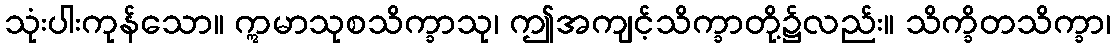
သုံးပါးကုန်သော။ ဣမာသုစသိက္ခာသု၊ ဤအကျင့်သိက္ခာတို့၌လည်း။ သိက္ခိတသိက္ခာ၊